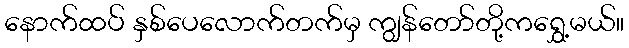
နောက်ထပ် နှစ်ပေလောက်တက်မှ ကျွန်တော်တို့ကရွှေ့မယ်။